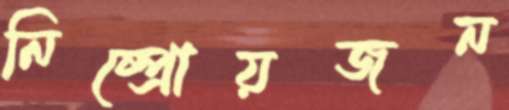
নিষ্প্রোয়জন